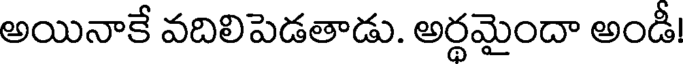
అయినాకే వదిలిపెడతాడు. అర్థమైందా అండీ!